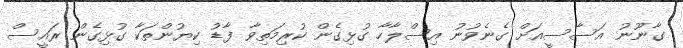
ގާނޫނު އަސާސީއަށް ގެނެވުނު އިސްލާހާ ގުޅިގެން ކުރިމަތިވާ ފާޑު ކިޔުންތަކާ ގުޅިގެން ރައީސް